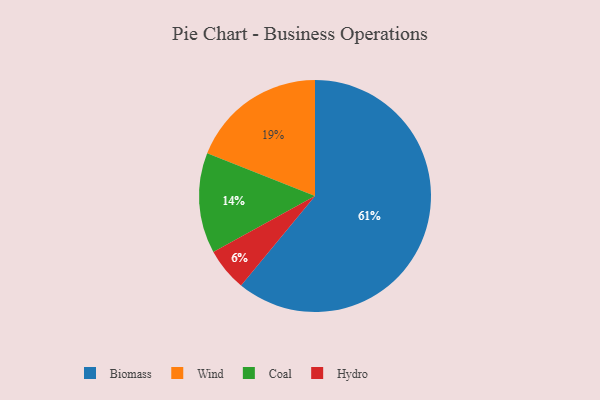
{"axis": {"x": "Category", "y": "Percentage"}, "legend": ["Biomass", "Coal", "Hydro", "Wind"], "data": [{"x": "Biomass", "y": 61, "type": "Biomass"}, {"x": "Coal", "y": 14, "type": "Coal"}, {"x": "Hydro", "y": 6, "type": "Hydro"}, {"x": "Wind", "y": 19, "type": "Wind"}]}